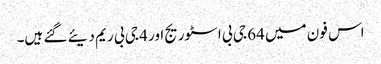
اس فون میں 64 جی بی اسٹوریج اور 4 جی بی ریم دیئے گئے ہیں۔